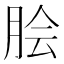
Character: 脍